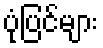
ပုံပြင်များ